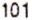
101